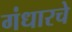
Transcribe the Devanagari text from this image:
गंधारचे